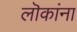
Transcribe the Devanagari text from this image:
लॊकांना